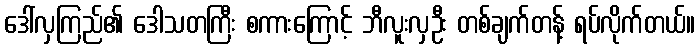
ဒေါ်လှကြည်၏ ဒေါသတကြီး စကားကြောင့် ဘီလူးလှဦး တစ်ချက်တန့် ရပ်လိုက်တယ်။